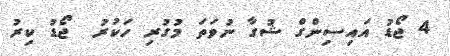
4 ޖޯޑު އައިސިންގް ޝުގާ ނުވަތަ މުގުރި ހަކުރު  ޖޯޑު ކިރު